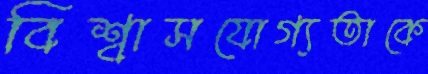
বিশ্বাসযোগ্যতাকে